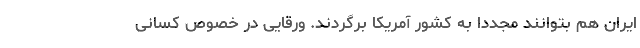
ایران هم بتوانند مجددا به کشور آمریکا برگردند. ورقایی در خصوص کسانی